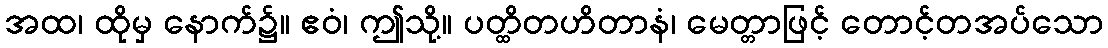
အထ၊ ထိုမှ နောက်၌။ ဧဝံ၊ ဤသို့။ ပတ္ထိတဟိတာနံ၊ မေတ္တာဖြင့် တောင့်တအပ်သော